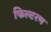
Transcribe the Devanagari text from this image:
फिल्टरण